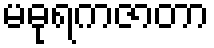
မဓုရကဇာတာ